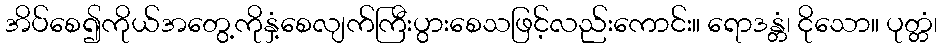
အိပ်စေ၍ကိုယ်အတွေ့ကိုနှံ့စေလျက်ကြီးပွားစေသဖြင့်လည်းကောင်း။ ရောဒန္တံ၊ ငိုသော။ ပုတ္တံ၊